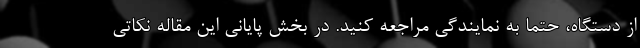
از دستگاه، حتما به نمایندگی مراجعه کنید. در بخش پایانی این مقاله نکاتی